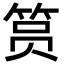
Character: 筼